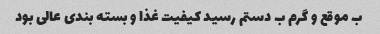
ب موقع و گرم ب دستم رسید کیفیت غذا و بسته بندی عالی بود